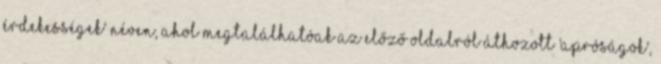
érdekességek' néven, ahol megtalálhatóak az előző oldalról áthozott 'apróságok',